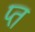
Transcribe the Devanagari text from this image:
प्त